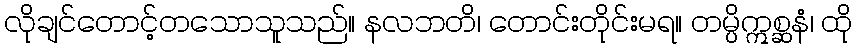
လိုချင်တောင့်တသောသူသည်။ နလဘတိ၊ တောင်းတိုင်းမရ။ တမ္ပိဣစ္ဆနံ၊ ထို